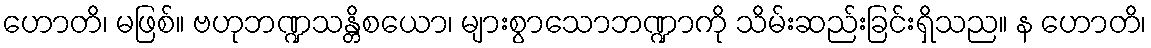
ဟောတိ၊ မဖြစ်။ ဗဟုဘဏ္ဍသန္တိစယော၊ များစွာသောဘဏ္ဍာကို သိမ်းဆည်းခြင်းရှိသည။ န ဟောတိ၊